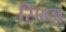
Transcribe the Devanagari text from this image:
सिम्ज़